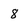
Character: 8